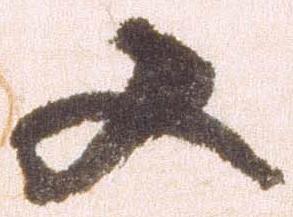
又